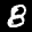
Label: 8